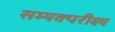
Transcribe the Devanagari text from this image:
सम्यक्परीक्ष्य